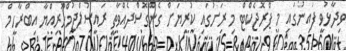
ވިދާޅުވީ ފައިނުގައި މި ޕްރޮޖެކްޓް މި ރަށުގައި ކުރިޔަށް ގެންގޮސްދެއްވާތީ ރައީސުލްޖުމްހޫރިއްޔާ އިބްރާހީމް